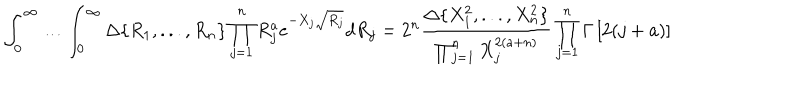
LaTeX: \int _ { 0 } ^ { \infty } \ldots \int _ { 0 } ^ { \infty } \Delta \{ R _ { 1 } , . . . , R _ { n } \} \prod _ { j = 1 } ^ { n } R _ { j } ^ { a } e ^ { - X _ { j } \sqrt { R _ { j } } } d R _ { j } = 2 ^ { n } \frac { \Delta \{ X _ { 1 } ^ { 2 } , . . . , X _ { n } ^ { 2 } \} } { \prod _ { j = 1 } ^ { n } X _ { j } ^ { 2 ( a + n ) } } \prod _ { j = 1 } ^ { n } \Gamma \left[ 2 ( j + a ) \right]